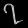
Digit: ၇